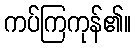
ကပ်ကြကုန်၏။